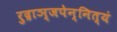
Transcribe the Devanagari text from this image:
रुद्राञ्जपेन्नित्यं